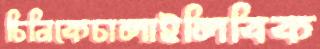
চিনিকেচালাইলিবিক